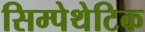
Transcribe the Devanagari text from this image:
सिम्पेथेटिक